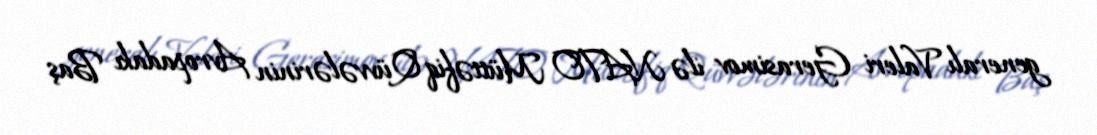
generalı Valeri Gerasimov ilə NATO Müttəfiq Qüvvələrinin Avropadakı Baş